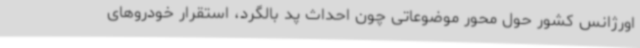
اورژانس کشور حول محور موضوعاتی چون احداث پد بالگرد، استقرار خودروهای